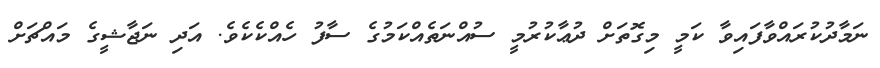
ނަމާދުކުރައްވާފައިވާ ކަމީ މިގޮތަށް ދުޢާކުރުމީ ސުއްނަތެއްކަމުގެ ސާފު ހެއްކެކެވެ. އަދި ނަޖާޝީގެ މައްޗަށް